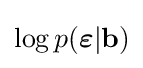
\log p({\boldsymbol {\varepsilon }}|\mathbf {b} )